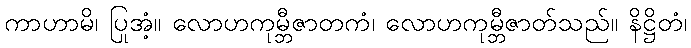
ကာဟာမိ၊ ပြုအံ့။ လောဟကုမ္ဘီဇာတကံ၊ လောဟကုမ္ဘီဇာတ်သည်။ နိဋ္ဌိတံ၊